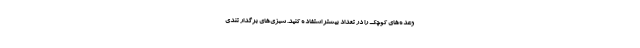
وعده‌های کوچک را در تعداد بیشتر استفاده کنید. سبزی‌های برگدار تندی